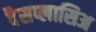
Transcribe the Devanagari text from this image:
दैसप्लासिअ